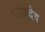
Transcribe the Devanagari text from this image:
भांजदेव